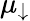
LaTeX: \mu_{\downarrow}